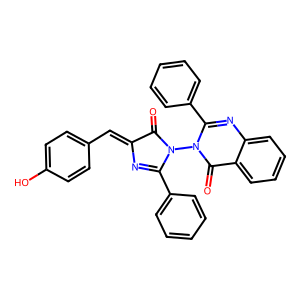
SMILES: O=C1C(=Cc2ccc(O)cc2)N=C(c2ccccc2)N1n1c(-c2ccccc2)nc2ccccc2c1=O
Inhibits HIV replication: No